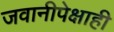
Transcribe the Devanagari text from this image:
जवानीपेक्षाही